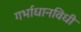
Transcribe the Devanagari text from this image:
गर्भाधानविधी